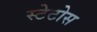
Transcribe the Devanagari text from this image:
स्टेटोस